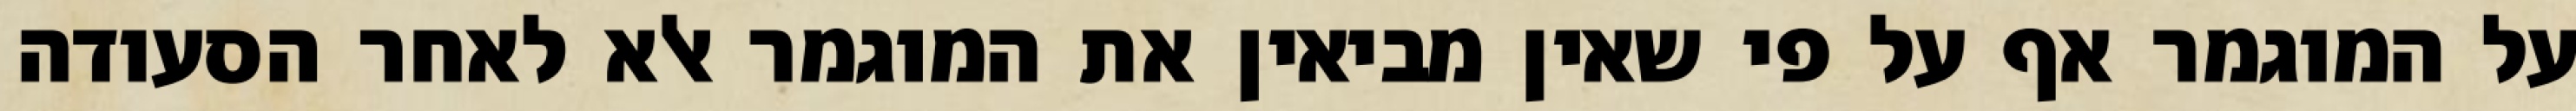
על המוגמר אף על פי שאין מביאין את המוגמר אלא לאחר הסעודה